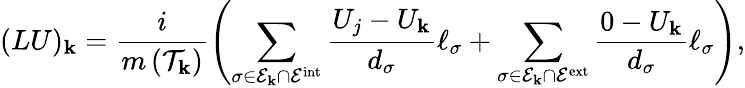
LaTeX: (LU)_{\mathbf{k}}=\frac{{i}}{{m\left(\mathcal{T}_{\mathbf{k}}\right)}}\left(\sum_{\sigma\in\mathcal{E}_{\mathbf{k}}\cap\mathcal{E}^{\mathrm{{int}}}}\frac{{U_{j}-U_{\mathbf{k}}}}{{d_{\sigma}}}\ell_{\sigma}+\sum_{\sigma\in\mathcal{E}_{\mathbf{k}}\cap\mathcal{E}^{\mathrm{{ext}}}}\frac{{0-U_{\mathbf{k}}}}{{d_{\sigma}}}\ell_{\sigma}\right),